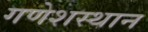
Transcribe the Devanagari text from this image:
गणेशस्थान